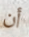
أن